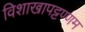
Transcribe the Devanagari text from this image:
विशाखापट्टण्णम